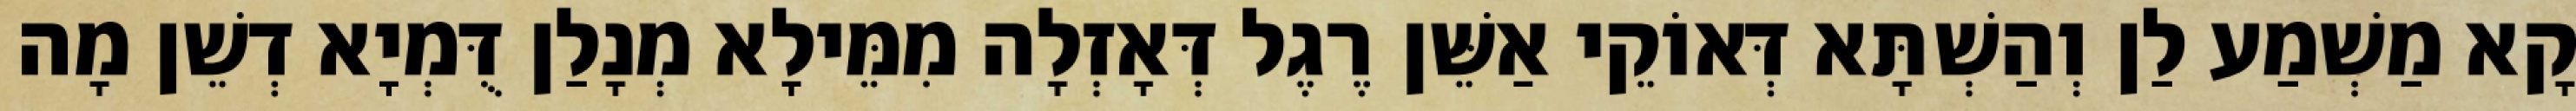
קָא מַשְׁמַע לַן וְהַשְׁתָּא דְּאוֹקֵי אַשֵּׁן רֶגֶל דְּאָזְלָה מִמֵּילָא מְנָלַן דֻּמְיָא דְשֵׁן מָה